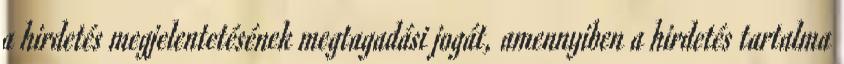
a hirdetés megjelentetésének megtagadási jogát, amennyiben a hirdetés tartalma